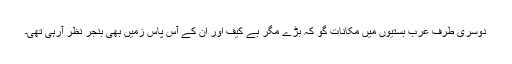
دوسری طرف عرب بستیوں میں مکانات گو کہ بڑے مگر بے کیف اور ان کے آس پاس زمیں بھی بنجر نظر آرہی تھی۔